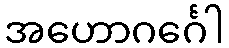
အဟောဂင်္ဂေါ